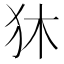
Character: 狇